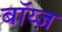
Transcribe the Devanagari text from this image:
बॉय्ज़